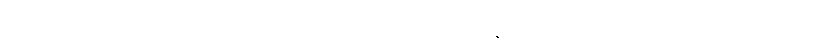
လမ်းကို။ ယဒိသော ဒေတ၊ အကယ်၍ သုတ်သင်ကုန်အံ့။ ဧဝံ၊ ဤသို့ သုတ်သင်သည်။